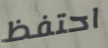
احتفظ